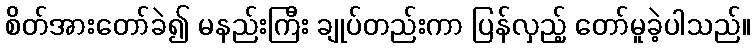
စိတ်အားတော်ခဲ၍ မနည်းကြီး ချုပ်တည်းကာ ပြန်လှည့် တော်မူခဲ့ပါသည်။